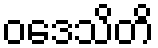
ဝဒေသိတိ